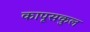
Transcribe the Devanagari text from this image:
कापूसकुल